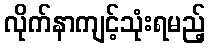
လိုက်နာကျင့်သုံးရမည့်